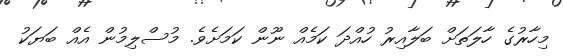
މިހާރުގެ ހާލަތަށް ބަލާއިރު ހުއްދަ ކަމެއް ނޫން ކަމަށެވެ. މުސްލިމުން އެއް ބަޔަކު